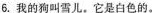
6.我的狗叫雪儿。它是白色的。